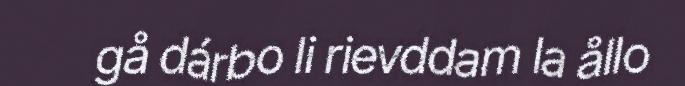
gå dárbo li rievddam la ållo